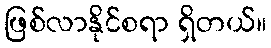
ဖြစ်လာနိုင်စရာ ရှိတယ်။